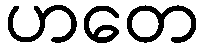
ဟတေ